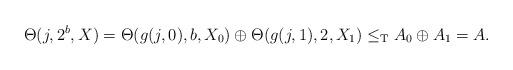
LaTeX: \begin{align*}\Theta(j,2^b,X)=\Theta(g(j,0),b,X_0)\oplus\Theta(g(j,1),2,X_1)\leq_{\mathrm{T}} A_0\oplus A_1=A. \end{align*}